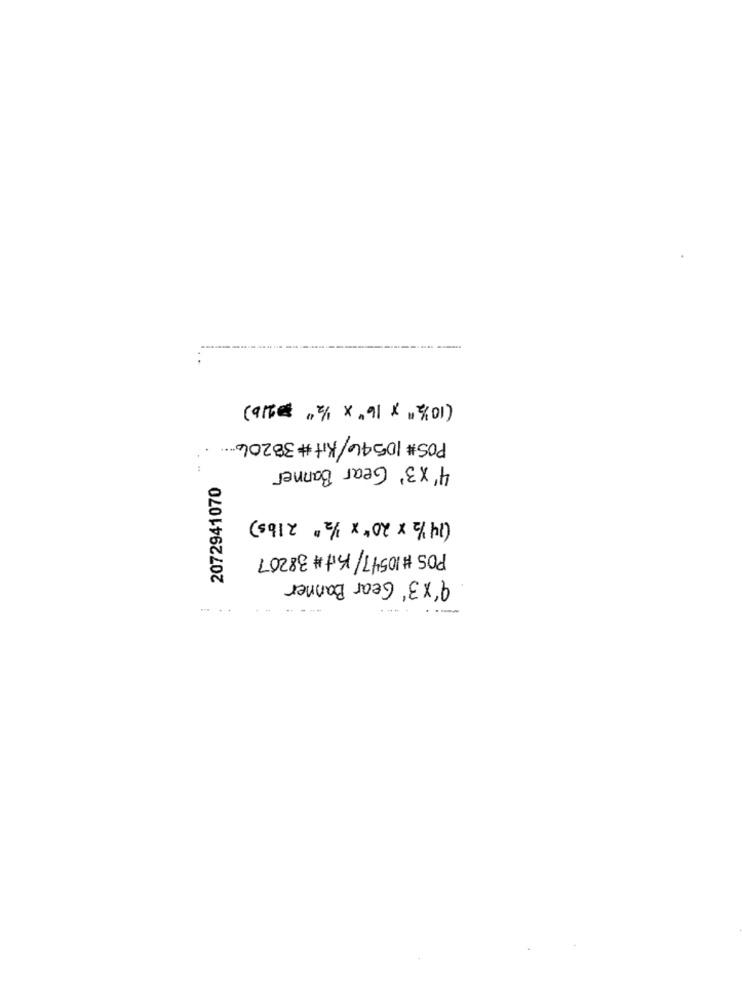
(915# 13/1 X.91 × 4 %01)
POS# 10546/Kit # 38206
4'x3' Gear Banner
2072941070
(14 1/2 × 20" × 1/2" 2lbs)
POS # 10547/ Kit # 38207
q'×3' Gear Banner
-